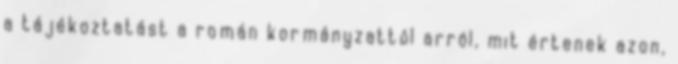
a tájékoztatást a román kormányzattól arról, mit értenek azon,